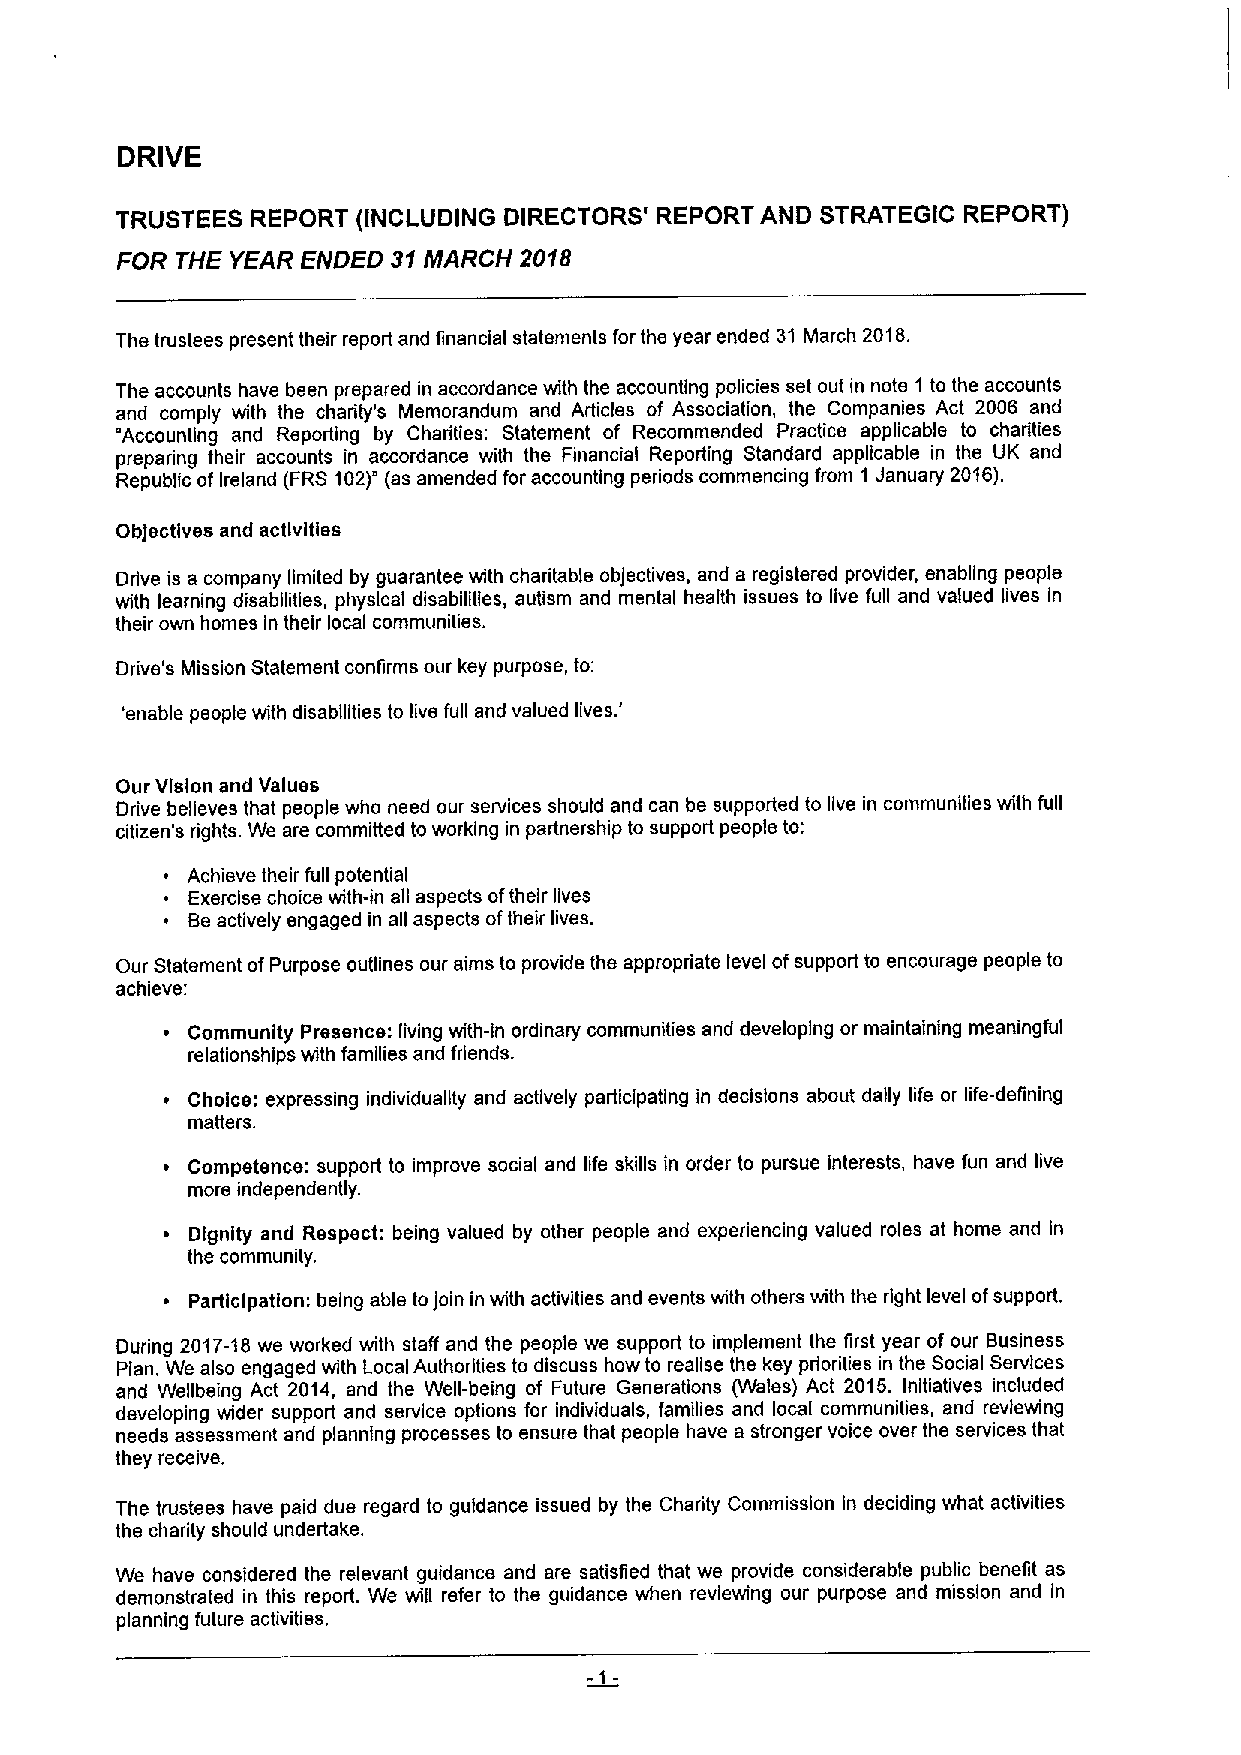
DRIVE
 TRUSTEES REPORT (INCLUDING DIRECTORS' REPORT AND STRATEGIC REPORT)
 FOR THE YEAR ENDED 31MARCH 2018
 The trustees present their report and financial statements for the year ended 31 March 2018.
 The accounts have been prepared in accordance with the accounting policies set out in note 1 to the accounts
 and comply with the charity's Memorandum and Articles of Association, the Companies Act 2006 and
 Accounting and Reporting by Charities: Statement of Recommended Practice applicable to charities
 preparing their accounts in accordance with the Financial Reporting Standard applicable in the UK and
 Republic ofIreland (FRS102)' (as amended for accounting periods commencing from 1 January 2016).
 Objectives and activities
 Drive is a company limited by guarantee with charitable objectives, and a registered provider, enabling people
 with learning disabilities, physical disabilities, autism and mental health issues to live full and valued lives in
 their own homes in their local communities.
 Drive's Mission Statement confirms our key purpose, to:
 '
 'enable people viith disabilities to live full and valued lives.
 Our Vision and Values
 Drive believes that people who need our services should and can be supported to live in communities with full
 citizen's rights. We are committed to working in partnership to support people to:
 Achieve their full potential
 Exercise choice with-in all aspects oftheir lives
 Beactively engaged in all aspects oftheir lives.
 Our Statement ofPurpose outlines our aims to provide the appropriate level ofsupport to encourage people to
 achieve:
 Community Presence: living with-in ordinary communities and developing or maintaining meaningful
 relationships with families and friends.
 ~ Choice: expressing individuality and actively participating in decisions about daily life or life-defining
 matters.
 ~ Competence: support to improve social and life skills in order to pursue interests, have fun and live
 more independently.
 Dignity and Respect: being valued by other people and experiencing valued roles at home and in
 the community.
 Participation: being abls toJoin in with activities and events with others with the right level ofsupport.
 During 2017-18we worked with staff and the people we support to implement the first year of our Business
 Plan. We also engaged with Local Authorities to discuss how to realise the key priorities in the Social Services
 and Wellbeing Act 2014, and the Well-being of Future Generations (Wales) Act 2015. Initiatives included
 developing wider support and service options for individuals, families and local communities, and reviewing
 needs assessment and planning processes to ensure that people have a stronger voice over the services that
 they receive.
 The trustees have paid due regard to guidance issued by the Charity Commission in deciding what activities
 the charily should undertake.
 We have considered the relevant guidance and are satisfied that we provide considerable public benefit as
 demonstrated in this report. We wfil refer to the guidance when reviewing our purpose and mission and in
 planning future activities.